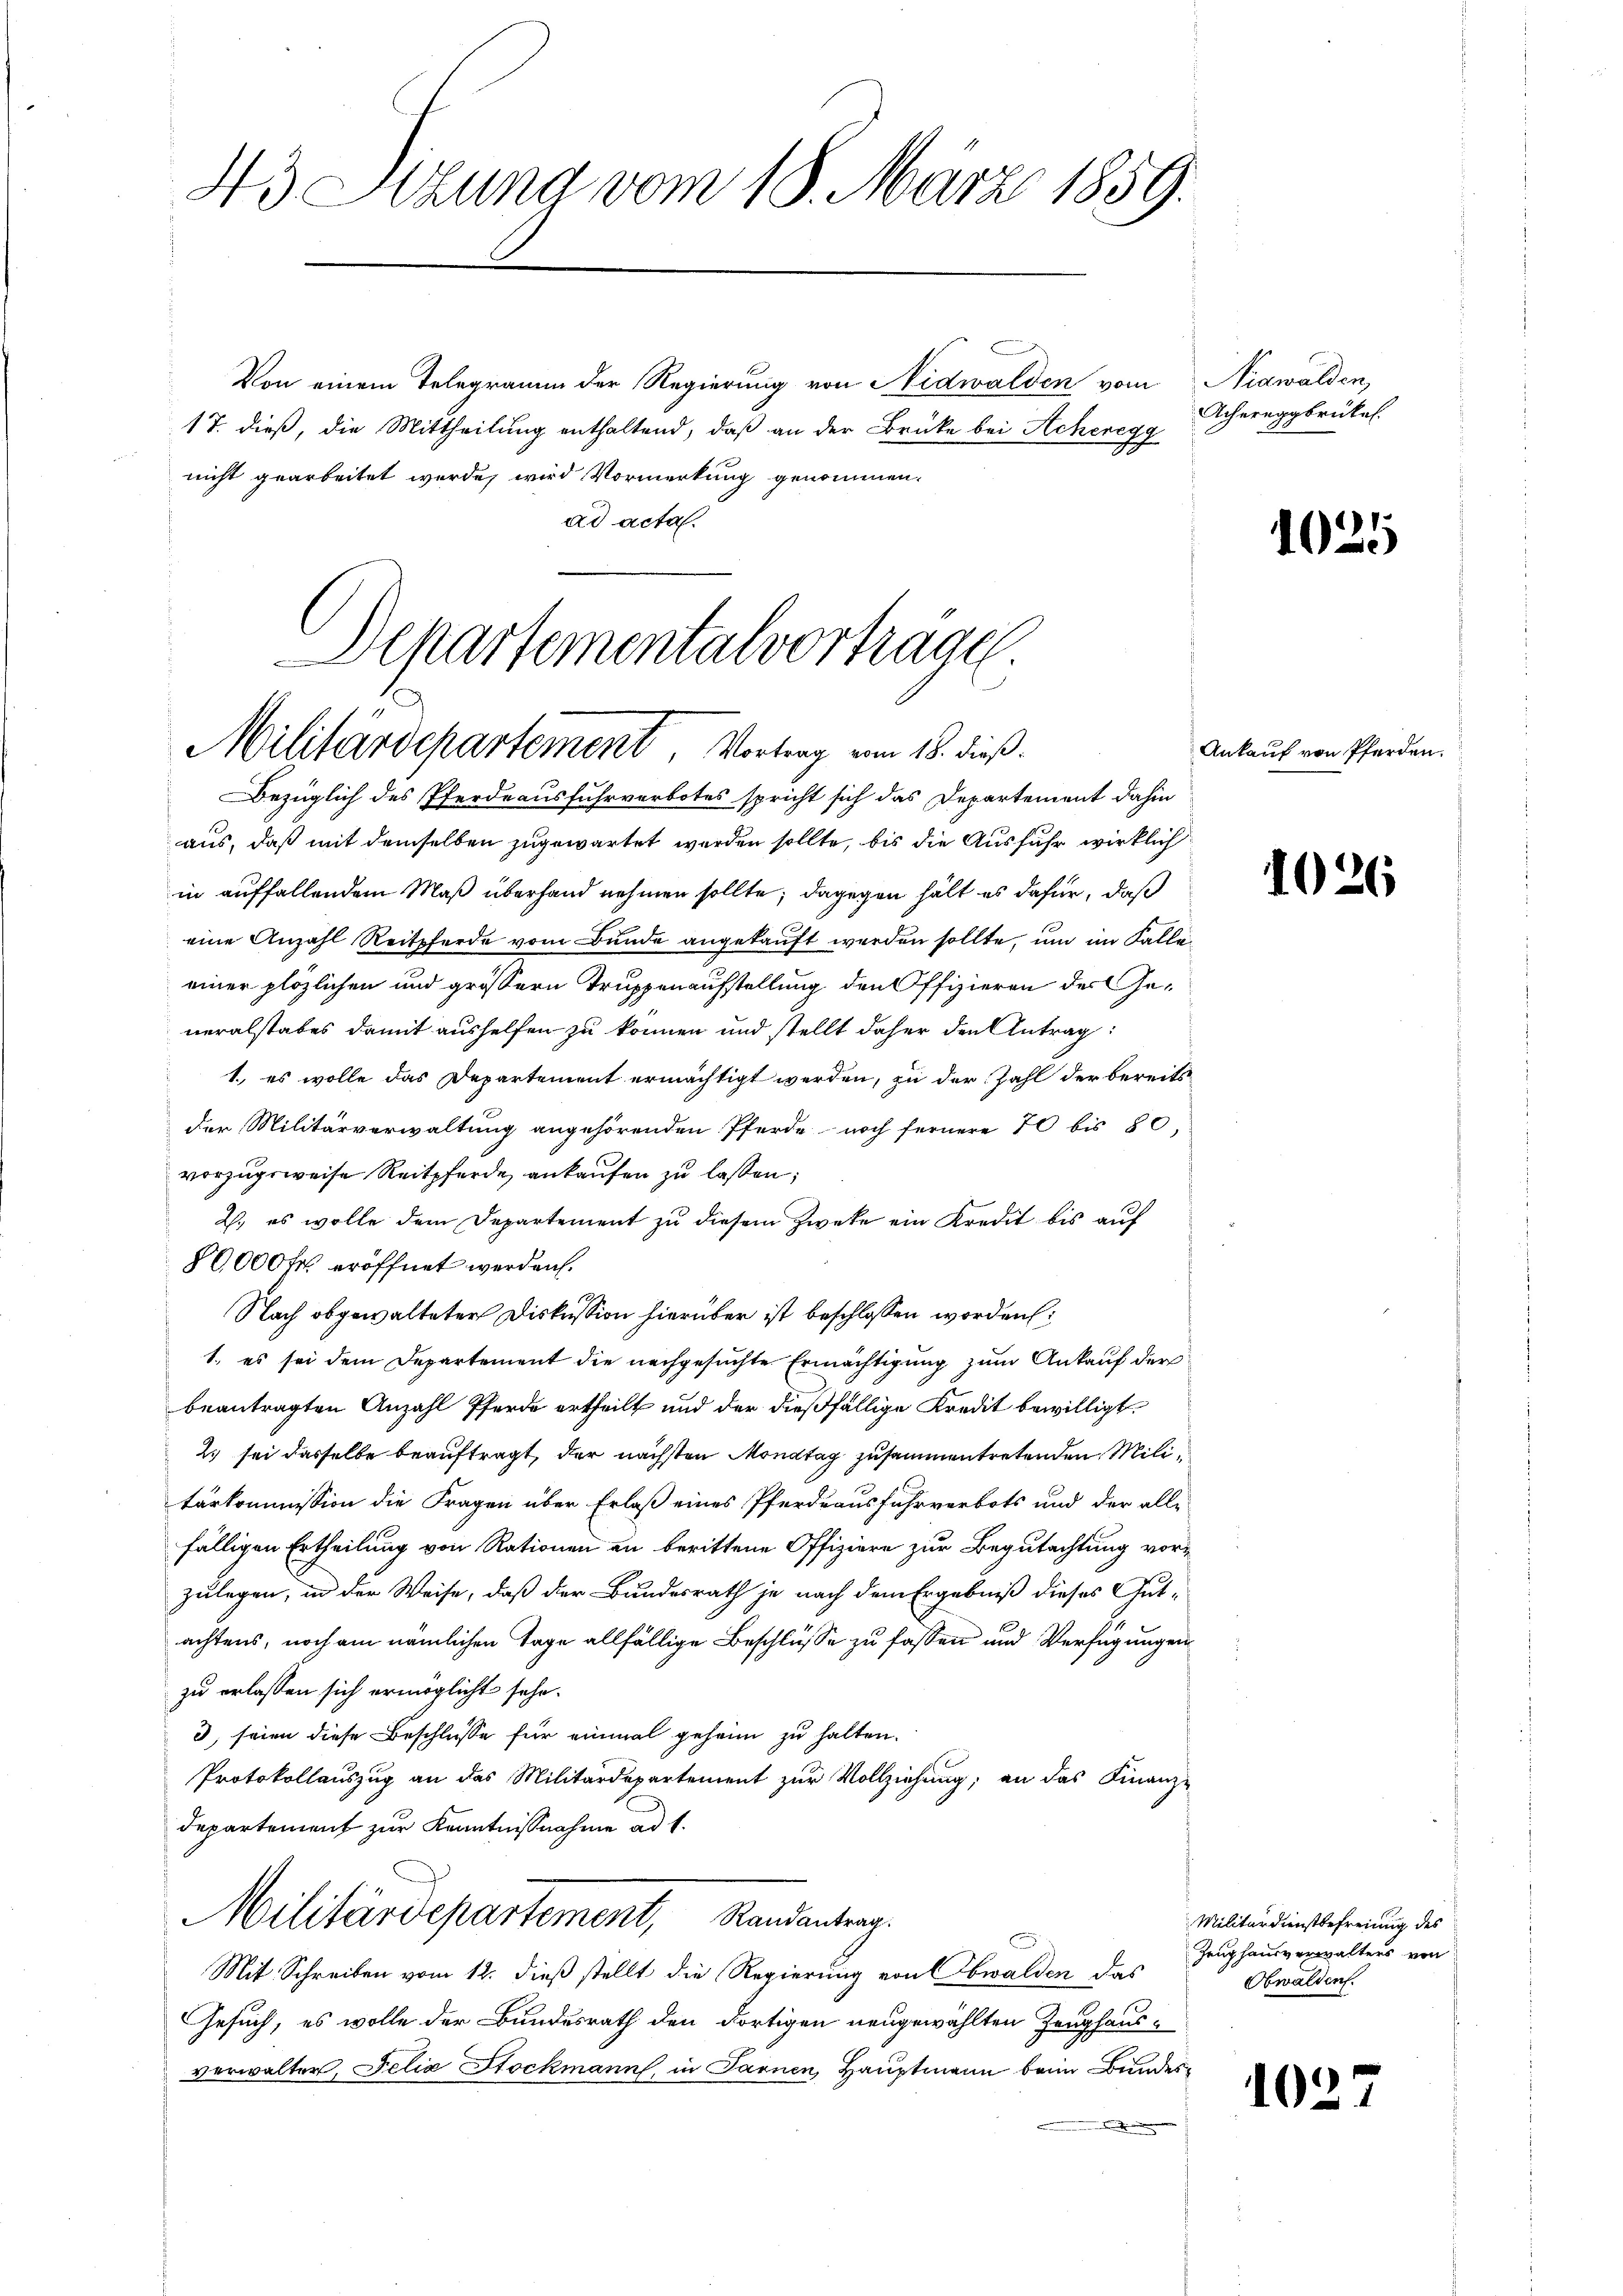
43 Sizung vom 18. März 1859.

Von einem Telegramm der Regierung von Nidwalden vom
17. dieß, die Mittheilung enthaltend, daß an der Brücke bei Achenegg
nicht gearbeitet werde, wird Vormerkung genommen.
ad acta.

Separtementalvortrage
Militärdepartement Vortrag vom 18. dieß.

Nidwalden,
Achereggbrückel.

Bezüglich des Pferdeausfuhrverbotes spricht sich das Departement dahin
aus, daß mit demselben zugewartet werden sollte, bis die Ausfuhr wirklich
in auffallendem Maß überhand nehmen sollte; dagegen hält es dafür, daß
eine Anzahl Reitpferde vom Bunde angekauft werden sollte, um im Falle
einer plözlichen und grössern Truppenaufstellung den Offizieren der Generalstabes damit aushelfen zu können und stellt daher den Antrag:
1. es wolle das Departement ermächtigt werden, zu der Zahl der bereits
der Militärverwaltung angehörenden Pferde noch fernere 70 bis 80,
vorzugsweise Reitpferde ankaufen zu lassen;
2. es wolle dem Departement zu diesem Zweke ein Kredit bis auf
80,000 Fr. eröffnet werden.
19.
Nach obgewalteter Diskussion hierüber ist beschlossen worden:
1. es sei dem Departement die nachgesuchte Ermächtigung zum Ankauf der
beantragten Anzahl Pferde ertheilt und der dießfällige Kredit bewilligt.
2. sei dasselbe beauftragt, der nächsten Monatag zusammentretenden Militärkommission die Fragen über Erlaß eines Pferdeausfuhrverbots und der alle
fälligen Ertheilung von Rationen an berittene Offiziere zur Begutachtung vorzulegen, in der Weise, daß der Bundesrath je nach dem Ergebniß dieses Gut-
achtens, noch am nämlichen Tage allfällige Beschlüsse zu fassen und Verfügungen
zu erlassen sich ermöglicht sehe.
3, seien diese Beschlüsse für einmal geheim zu halten.
Protokollauszug an das Militärdepartement zur Vollziehung; an das Finanz-
Departement zur Kenntnisnahme ad 1.
Militärdepartement, Randantrag.
e
Mit Schreiben vom 12. dieß stellt die Regierung von Obwalden das
Gesuch, es wolle der Bundesrath den dortigen neugewählten Zeughausverwalter, Felix Stockmann, in Sarnen, Hauptmann beim Bundes¬

1026

102

1025

Ankauf von Pferden.

Militärdienstbefreiung des
Zeughausverwalters von
Obwalden.